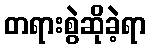
တရားစွဲဆိုခဲ့ရာ